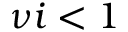
\nu i < 1